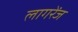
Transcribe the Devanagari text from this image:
लागरेंज